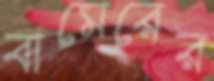
বামেরের